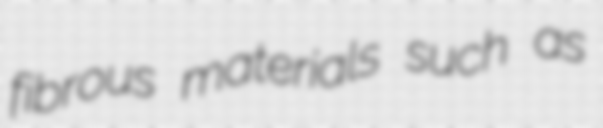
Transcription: fibrous materials such as